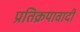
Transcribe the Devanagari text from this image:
प्रतिक्रयावादी